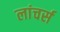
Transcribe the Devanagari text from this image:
लांचर्स